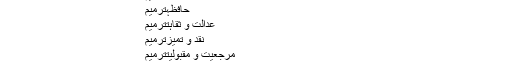
تعلیم و سماعت حدیثترميم
بلاواسطہ تلامذہترميم
بالواسطہ تلامذہترميم
فضل و کمالترميم
حافظہترميم
عدالت و ثقاہتترميم
نقد و تمیزترميم
مرجعیت و مقبولیتترميم
اخلاق و عاداتترميم
حلمترميم
استغناءترميم
امام احمد استغناء کے وصف سے بہت زیادہ متصف تھے۔